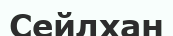
Сейлхан